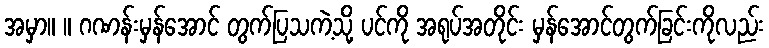
အမှာ။ ။ ဂဏန်းမှန်အောင် တွက်ပြသကဲ့သို့ ပင်ကို အရုပ်အတိုင်း မှန်အောင်တွက်ခြင်းကိုလည်း